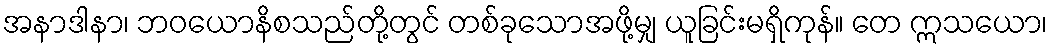
အနာဒါနာ၊ ဘဝယောနိစသည်တို့တွင် တစ်ခုသောအဖို့မျှ ယူခြင်းမရှိကုန်။ တေ ဣသယော၊